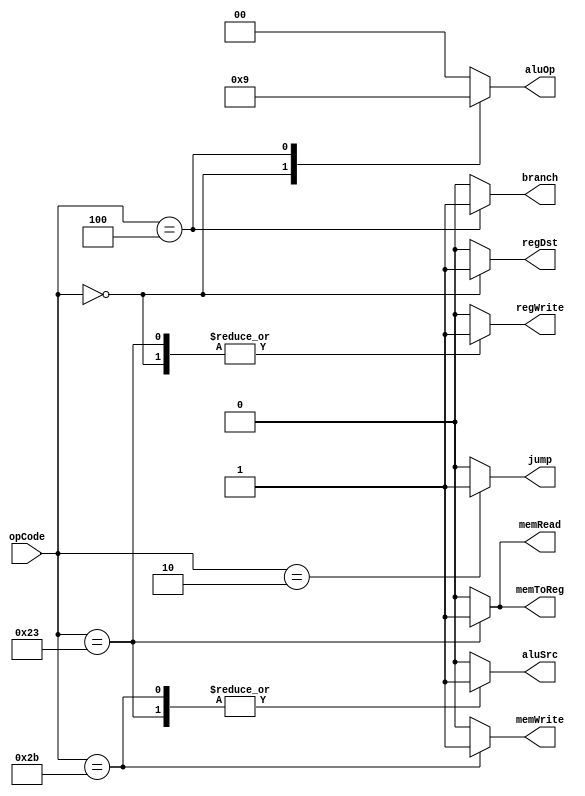
`timescale 1ns / 1ps
//////////////////////////////////////////////////////////////////////////////////
// Company: Shanghai Jiao Tong University
// 
// Design Name: 
// Module Name: Ctr
// Project Name: 
// Target Devices: 
// Tool Versions: 
// Description: 
// 
// Dependencies: 
// 
// Revision:
// Revision 0.01 - File Created
// Additional Comments:
// 
//////////////////////////////////////////////////////////////////////////////////


module Ctr(
    input [5:0] opCode,
    output reg regDst,
    output reg aluSrc,
    output reg memToReg,
    output reg regWrite,
    output reg memRead,
    output reg memWrite,
    output reg branch,
    output reg [1:0] aluOp,
    output reg jump
    );
    
    always @(opCode)
    begin
        case(opCode)
        6'b000000://R-type
        begin
            regDst=1;
            aluSrc=0;
            memToReg=0;
            regWrite=1;
            memRead=0;
            memWrite=0;
            branch=0;
            aluOp=2'b10;
            jump=0;
        end
        6'b100011://I-type:lw
        begin
            regDst=0;
            aluSrc=1;
            memToReg=1;
            regWrite=1;
            memRead=1;
            memWrite=0;
            branch=0;
            aluOp=2'b00;
            jump=0;
        end
        6'b101011://I-type:sw
        begin
            regDst=0;
            aluSrc=1;
            memToReg=0;
            regWrite=0;
            memRead=0;
            memWrite=1;
            branch=0;
            aluOp=2'b00; 
            jump=0;           
        end
        6'b000100://I-type:beq
        begin
            regDst=0;
            aluSrc=0;
            memToReg=0;
            regWrite=0;
            memRead=0;
            memWrite=0;
            branch=1;
            aluOp=2'b01;
            jump=0;
        end
        6'b000010://J-type:jump
        begin
            regDst=0;
            aluSrc=0;
            memToReg=0;
            regWrite=0;
            memRead=0;
            memWrite=0;
            branch=0;
            aluOp=2'b00;
            jump=1;
        end
        
        default:
        begin
            regDst=0;
            aluSrc=0;
            memToReg=0;
            regWrite=0;
            memRead=0;
            memWrite=0;
            branch=0;
            aluOp=2'b00;
            jump=0;
        end
        endcase    
    end
endmodule